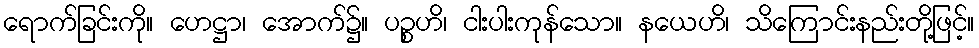
ရောက်ခြင်းကို။ ဟေဋ္ဌာ၊ အောက်၌။ ပဉ္စဟိ၊ ငါးပါးကုန်သော။ နယေဟိ၊ သိကြောင်းနည်းတို့ဖြင့်။